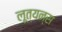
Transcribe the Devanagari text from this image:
लूत्यन्स